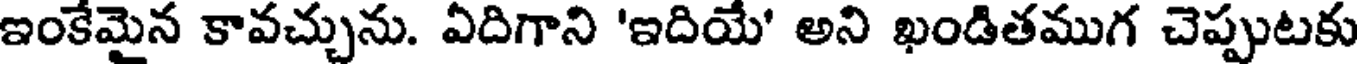
ఇంకేమైన కావచ్చును. ఏదిగాని 'ఇదియే' అని ఖండితముగ చెప్పుటకు